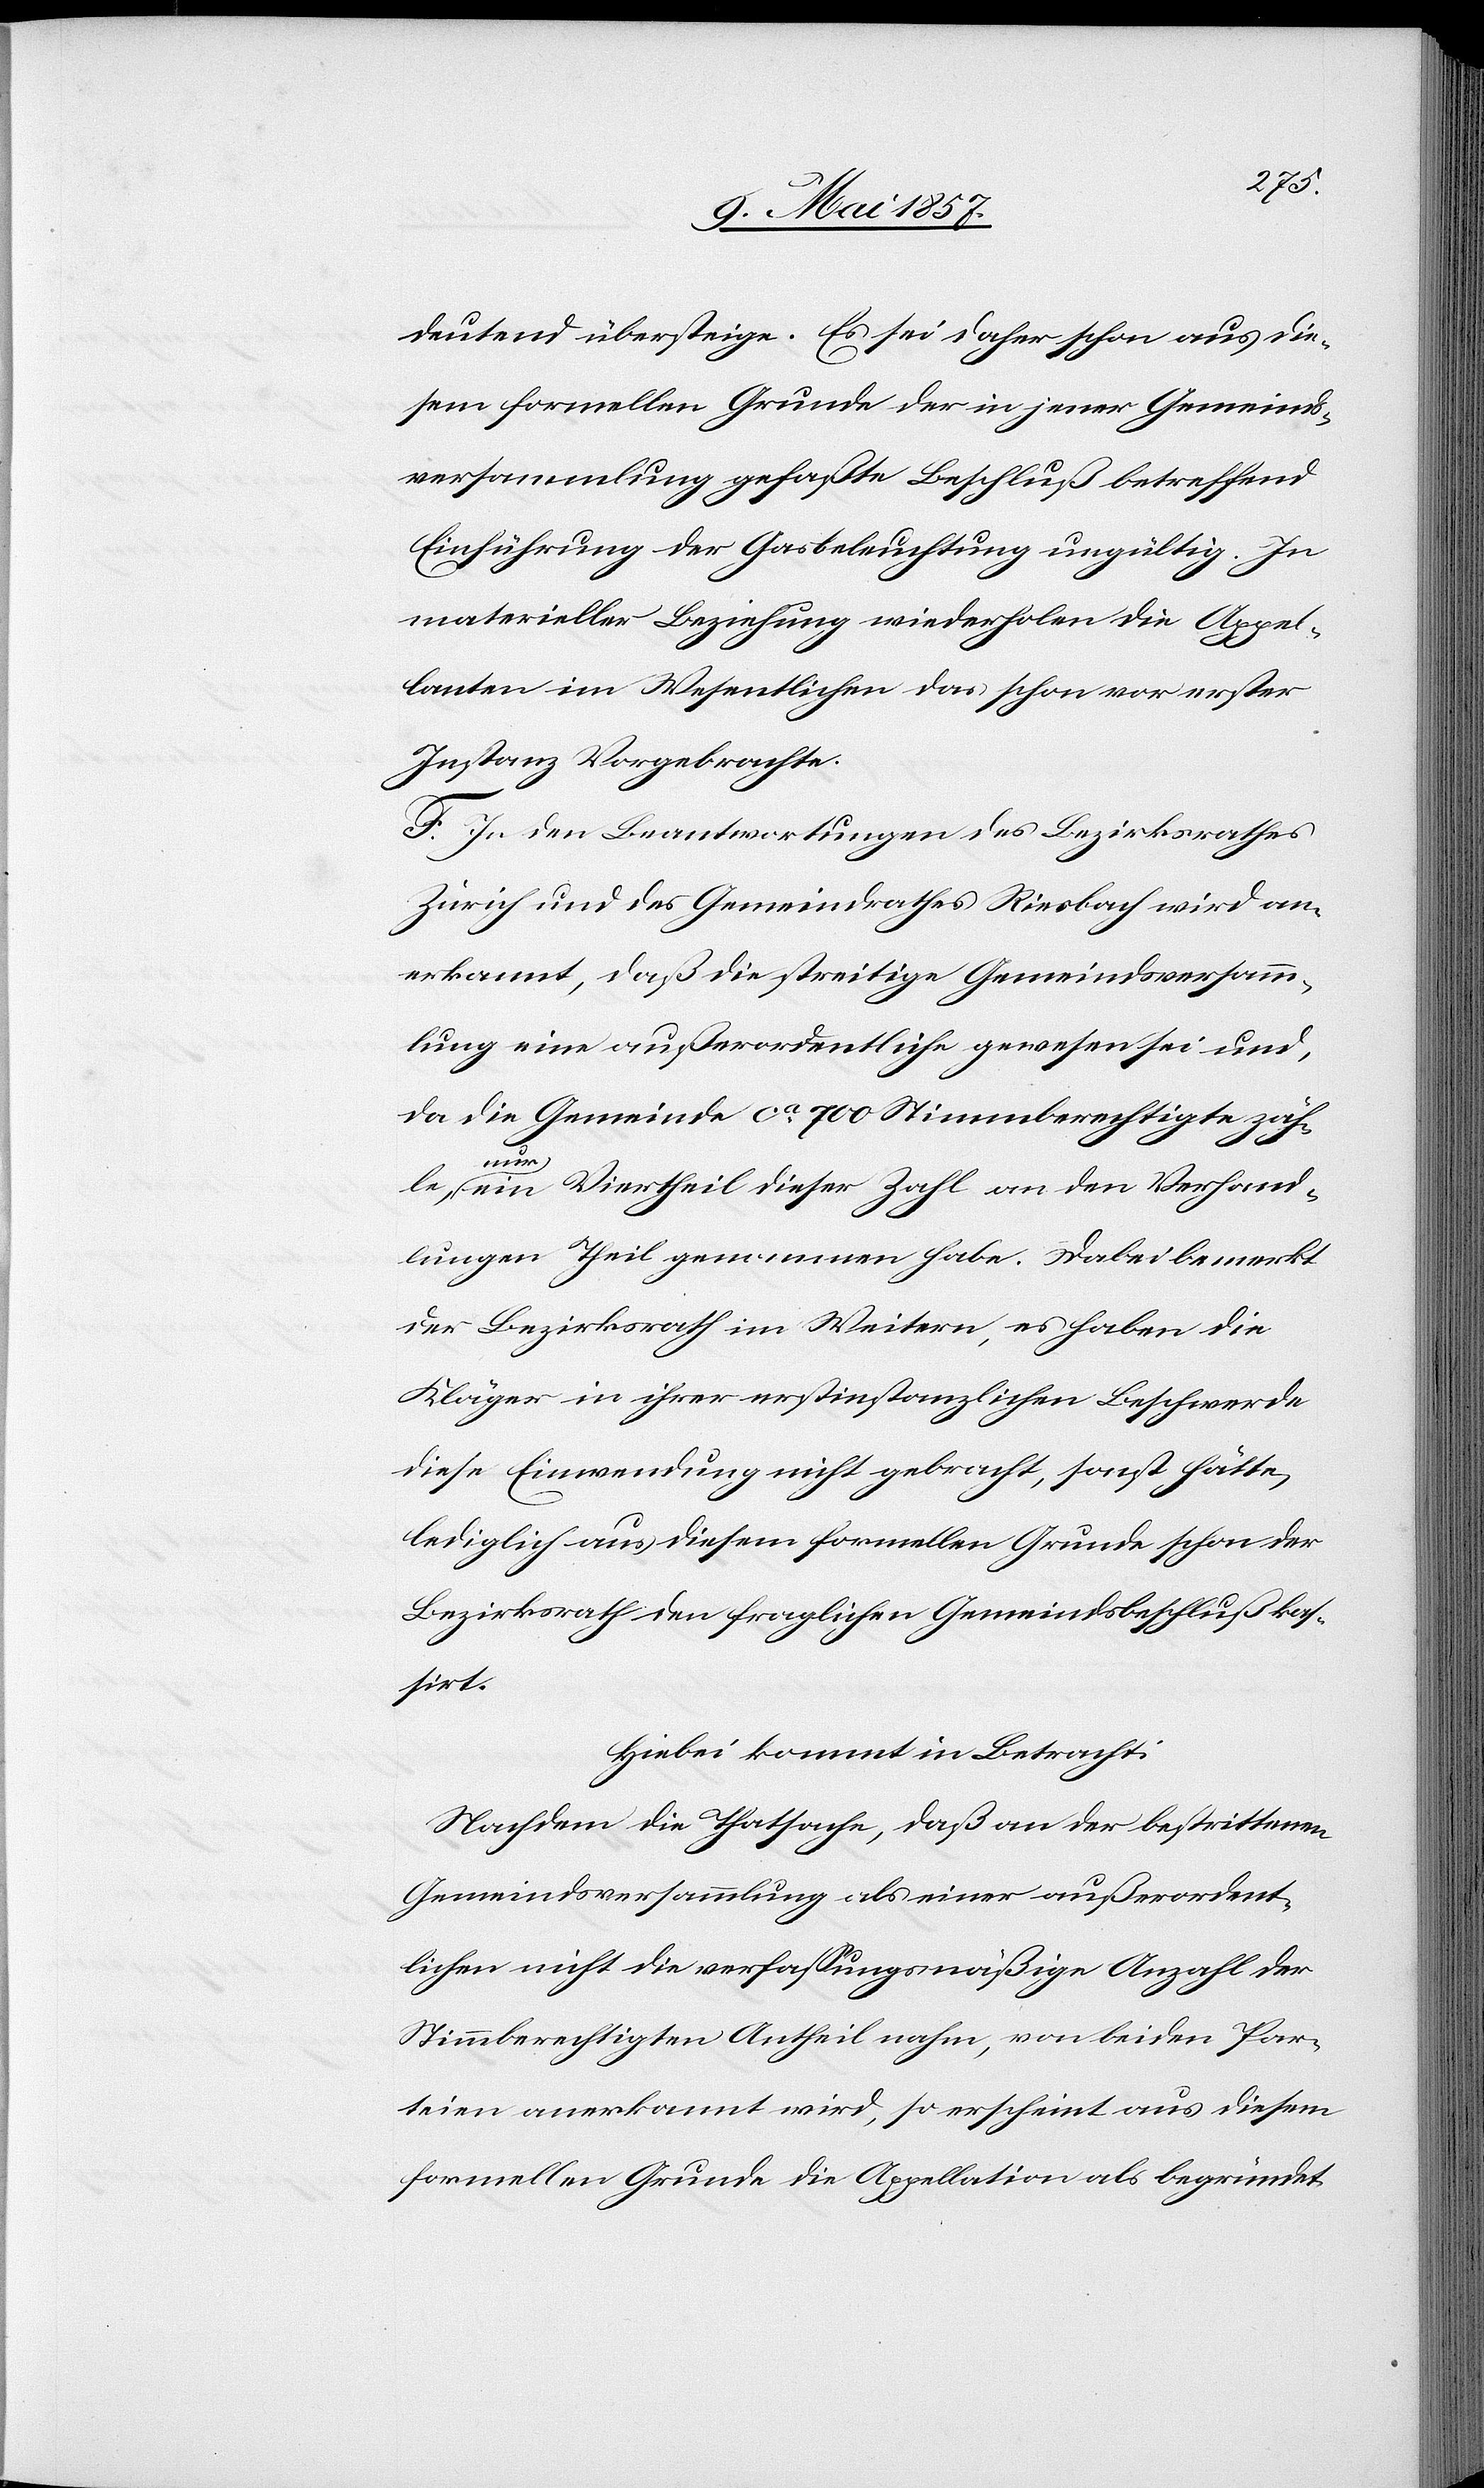
deutend übersteige. Es sei daher schon aus die¬
sem formellen Grunde der in jener Gemeinds¬
versammlung gefaßte Beschluß betreffend
Einführung der Gasbeleuchtung ungültig. In
materieller Beziehung wiederholen die Appel¬
lanten im Wesentlichen das schon vor erster
Instanz Vorgebrachte.
F. In den Beantwortungen des Bezirksrathes
Zürich und des Gemeindrathes Riesbach wird an¬
erkannt, daß die streitige Gemeindsversamm¬
lung eine außerordentliche gewesen sei und,
da die Gemeinde ca 700 Stimmberechtigte zäh¬
le, nur ein Viertheil dieser Zahl an den Verhand¬
lungen Theil genommen habe. Dabei bemerkt
der Bezirksrath im Weitern, es haben die
Kläger in ihrer erstinstanzlichen Beschwerde
diese Einwendung nicht gebracht, sonst hätte
lediglich aus diesem formellen Grunde schon der
Bezirksrath den fraglichen Gemeindsbeschluß kas¬
sirt.
Hiebei kommt in Betracht:
Nachdem die Thatsache, daß an der bestrittenen
Gemeindsversammlung als einer außerordent¬
lichen nicht die verfassungsmäßige Anzahl der
Stimmberechtigten Antheil nahm, von beiden Par¬
teien anerkannt wird, so erscheint aus diesem
formellen Grunde die Appellation als begründet